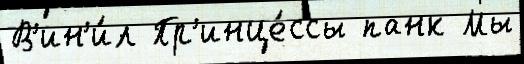
В'ин'и́л Пр'инце́ссы панк Мы